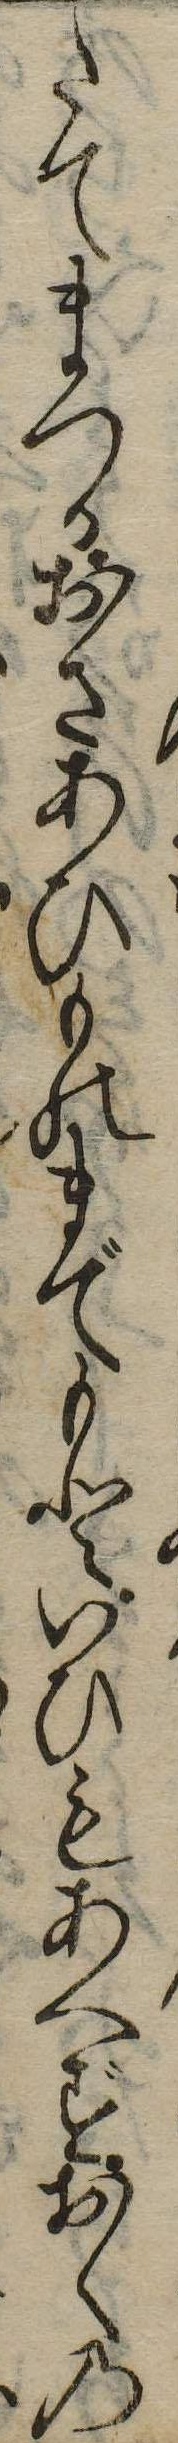
たてまつるおさあひものまでもといひもあへずおくの